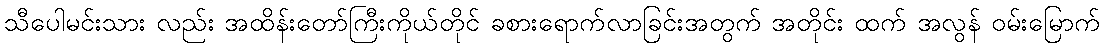
သီပေါမင်းသား လည်း အထိန်းတော်ကြီးကိုယ်တိုင် ခစားရောက်လာခြင်းအတွက် အတိုင်း ထက် အလွန် ဝမ်းမြောက်